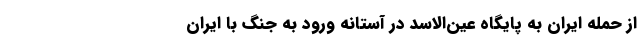
از حمله ایران به پایگاه عین‌الاسد در آستانه ورود به جنگ با ایران